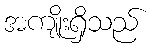
အကျိုးရှိသည်